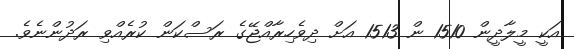
އަކީ މީލާދީން 1510 ން 1513 އަށް ދިވެހިރާއްޖޭގެ ރަސްކަން ކުރެއްވި ރަދުންނެވެ.